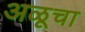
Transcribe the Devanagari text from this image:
अळूचा